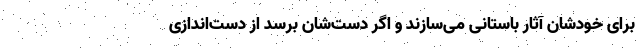
برای خودشان آثار باستانی می‌سازند و اگر دست‌شان برسد از دست‌اندازی